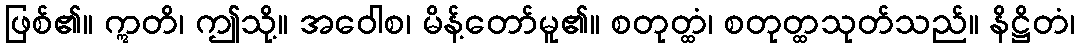
ဖြစ်၏။ ဣတိ၊ ဤသို့။ အဝေါစ၊ မိန့်တော်မူ၏။ စတုတ္ထံ၊ စတုတ္ထသုတ်သည်။ နိဋ္ဌိတံ၊